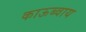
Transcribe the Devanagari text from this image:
काऊब्वाय